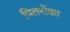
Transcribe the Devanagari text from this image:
पितरोंका